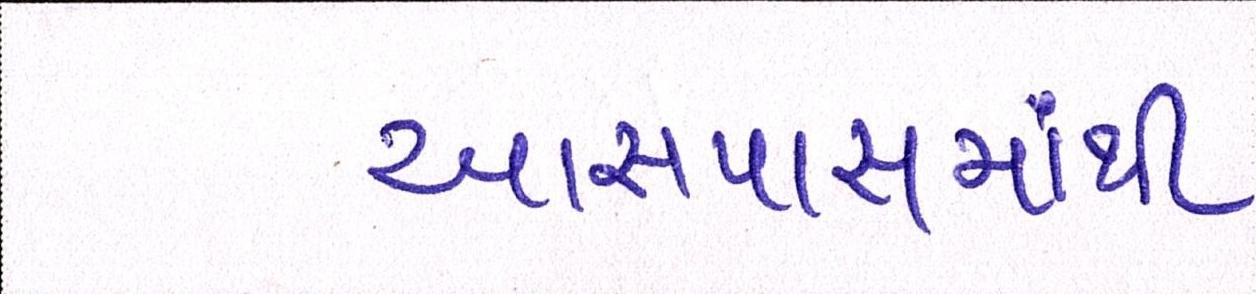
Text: આસપાસમાંથી